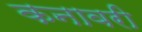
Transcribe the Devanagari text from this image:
कनावरी